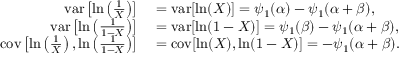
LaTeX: \begin{array} { r l } { \operatorname { v a r } \left[ \ln \left( { \frac { 1 } { X } } \right) \right] } & { { } = \operatorname { v a r } [ \ln ( X ) ] = \psi _ { 1 } ( \alpha ) - \psi _ { 1 } ( \alpha + \beta ) , } \\ { \operatorname { v a r } \left[ \ln \left( { \frac { 1 } { 1 - X } } \right) \right] } & { { } = \operatorname { v a r } [ \ln ( 1 - X ) ] = \psi _ { 1 } ( \beta ) - \psi _ { 1 } ( \alpha + \beta ) , } \\ { \operatorname { c o v } \left[ \ln \left( { \frac { 1 } { X } } \right) , \ln \left( { \frac { 1 } { 1 - X } } \right) \right] } & { { } = \operatorname { c o v } [ \ln ( X ) , \ln ( 1 - X ) ] = - \psi _ { 1 } ( \alpha + \beta ) . } \end{array}